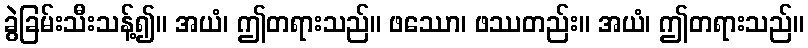
ခွဲခြမ်းသီးသန့်၍။ အယံ၊ ဤတရားသည်။ ဖဿော၊ ဖဿတည်း။ အယံ၊ ဤတရားသည်။